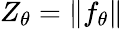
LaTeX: Z_{\theta}=\| f_{\theta}\|